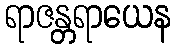
ရာဇန္တရာယေန